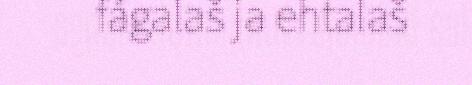
fágalaš ja ehtalaš